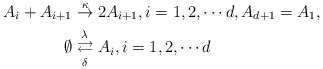
\begin{align*}A_i+A_{i+1} \overset{\kappa}{\rightarrow} & \;2A_{i+1},i=1,2,\cdots d, A_{d+1}=A_1, \\\emptyset \overset{\lambda}{\underset{\delta}{\rightleftarrows}} & \;A_i, i=1,2,\cdots d \end{align*}